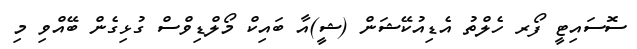
ސޮސައިޓީ ފޯރ ހެލްތު އެޑިއުކޭޝަން (ޝީ)އާ ބައިކް މޯލްޑިވްސް ގުޅިގެން ބޭއްވި މި